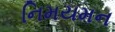
નિમયમન